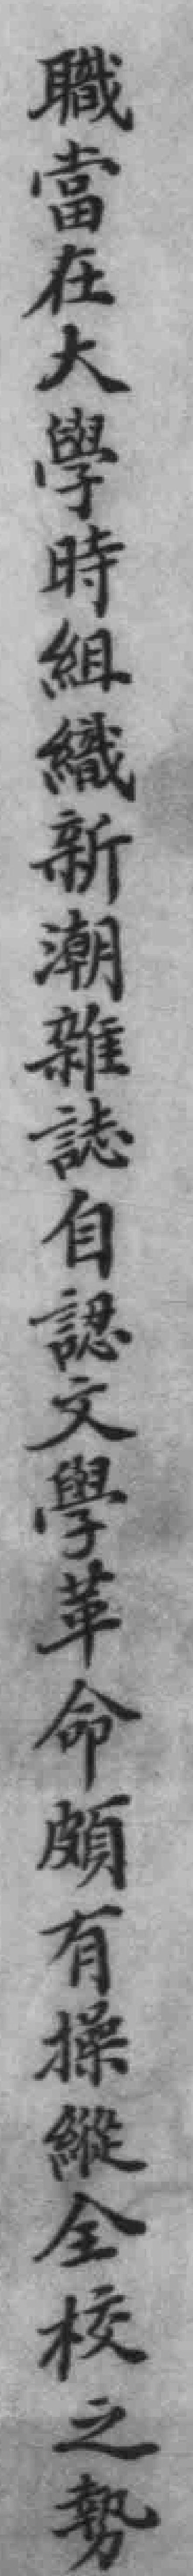
職當在大學時組織新潮雜誌自認文學革命顧有操縱全校之勢